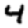
Digit: 4